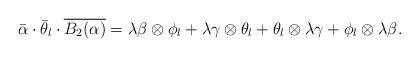
LaTeX: \begin{align*}\bar{\alpha}\cdot \bar{\theta}_{l}\cdot \overline{B_2(\alpha)} = \lambda\beta\otimes \phi_l+\lambda\gamma\otimes \theta_l+\theta_l\otimes\lambda\gamma+\phi_l\otimes\lambda\beta.\end{align*}